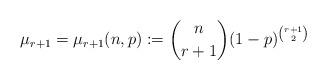
LaTeX: \begin{align*}\mu_{r+1}=\mu_{r+1}(n,p):=\binom{n}{r+1}(1-p)^{\binom{r+1}{2}}\end{align*}